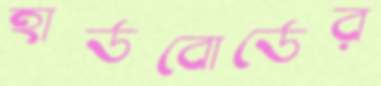
হার্ডবোর্ডের